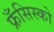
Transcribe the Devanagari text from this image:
फ्रँसिस्को